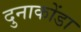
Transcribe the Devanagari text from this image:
दुनाकोंडा